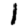
Digit: 1